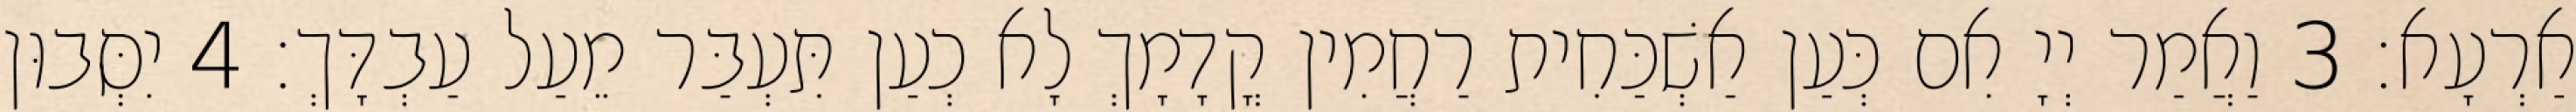
אַרְעָא׃ 3 וַאֲמַר יְיָ אִם כְּעַן אַשְׁכַּחִית רַחֲמִין קֳדָמָךְ לָא כְעַן תִּעְבַּר מֵעַל עַבְדָּךְ׃ 4 יִסְּבוּן